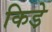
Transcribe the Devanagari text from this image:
किडे़